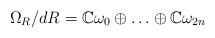
LaTeX: \begin{align*}\Omega_R/dR=\mathbb C \omega_0\oplus \ldots \oplus \mathbb C\omega_{2n}\end{align*}